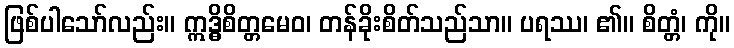
ဖြစ်ပါသော်လည်း။ ဣဒ္ဓိစိတ္တမေဝ၊ တန်ခိုးစိတ်သည်သာ။ ပရဿ၊ ၏။ စိတ္တံ၊ ကို။